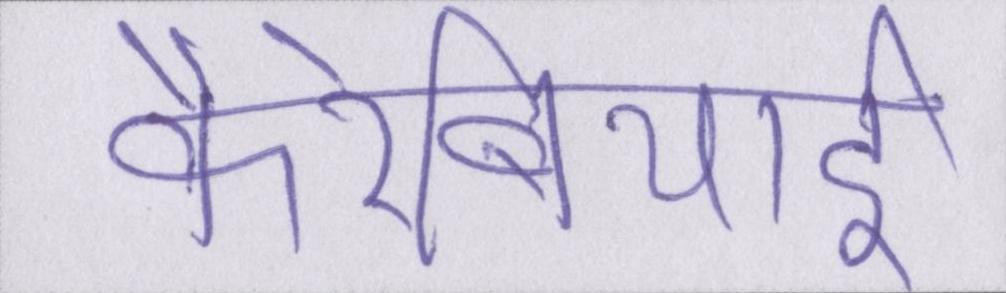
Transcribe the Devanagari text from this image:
कैरेबियाई